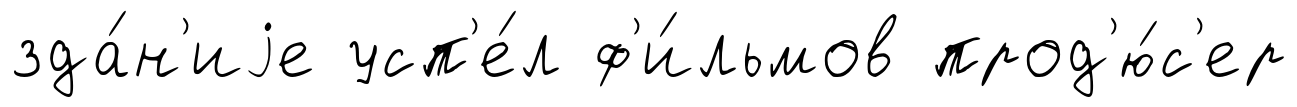
зда́н'иjе усп'е́л ф'и́льмов прод'ю́с'ер